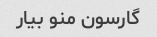
گارسون منو بیار